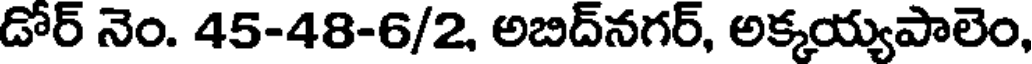
డోర్ నెం. 45-48-6/2, అబిద్నగర్, అక్కయ్యపాలెం,